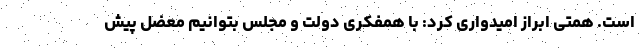
است. همتی ابراز امیدواری کرد: با همفکری دولت و مجلس بتوانیم معضل پیش